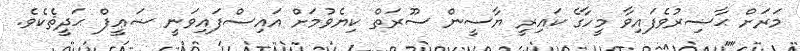
މަރަށް ޙާޟިރުވެފައިވާ މީހާގެ ކައިރީ ޔާސީން ސޫރަތް ކިޔެވުމަށް އައިސްފައިވަނީ ޟަޢީފް ޙަދީޘެކެވެ.